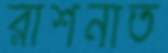
রাশনাত